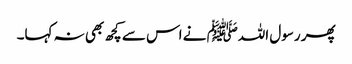
پھر رسول اللہﷺ نے اس سے کچھ بھی نہ کہا۔